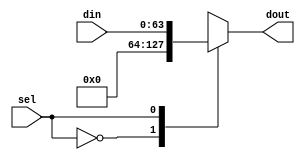
`timescale 1ns / 1ps
//////////////////////////////////////////////////////////////////////////////////
// Company: 
// Engineer: 
// 
// Design Name: 
// Module Name:    zero_reg_mux 
// Project Name: 
// Target Devices: 
// Tool versions: 
// Description: 
//
// Dependencies: 
//
// Revision: 
// Revision 0.01 - File Created
// Additional Comments: 
//
//////////////////////////////////////////////////////////////////////////////////
module zero_reg_mux(
		input sel,
		input [63:0] din,
		output [63:0] dout
    );
	 
	 reg [63:0] out;
	 assign dout = out;
	 
	 always @(*) begin
		case (sel)
			1'b0:	out = 64'd0;
			1'b1:	out = din;
		endcase
	 end


endmodule